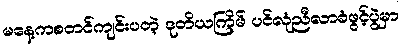
မနေ့ကစတင်ကျင်းပတဲ့ ဒုတိယကြိမ် ပင်လုံညီလာခံဖွင့်ပွဲမှာ